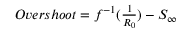
\begin{array} { r } { O v e r s h o o t = f ^ { - 1 } ( \frac { 1 } { R _ { 0 } } ) - S _ { \infty } } \end{array}